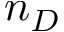
n _ { D }